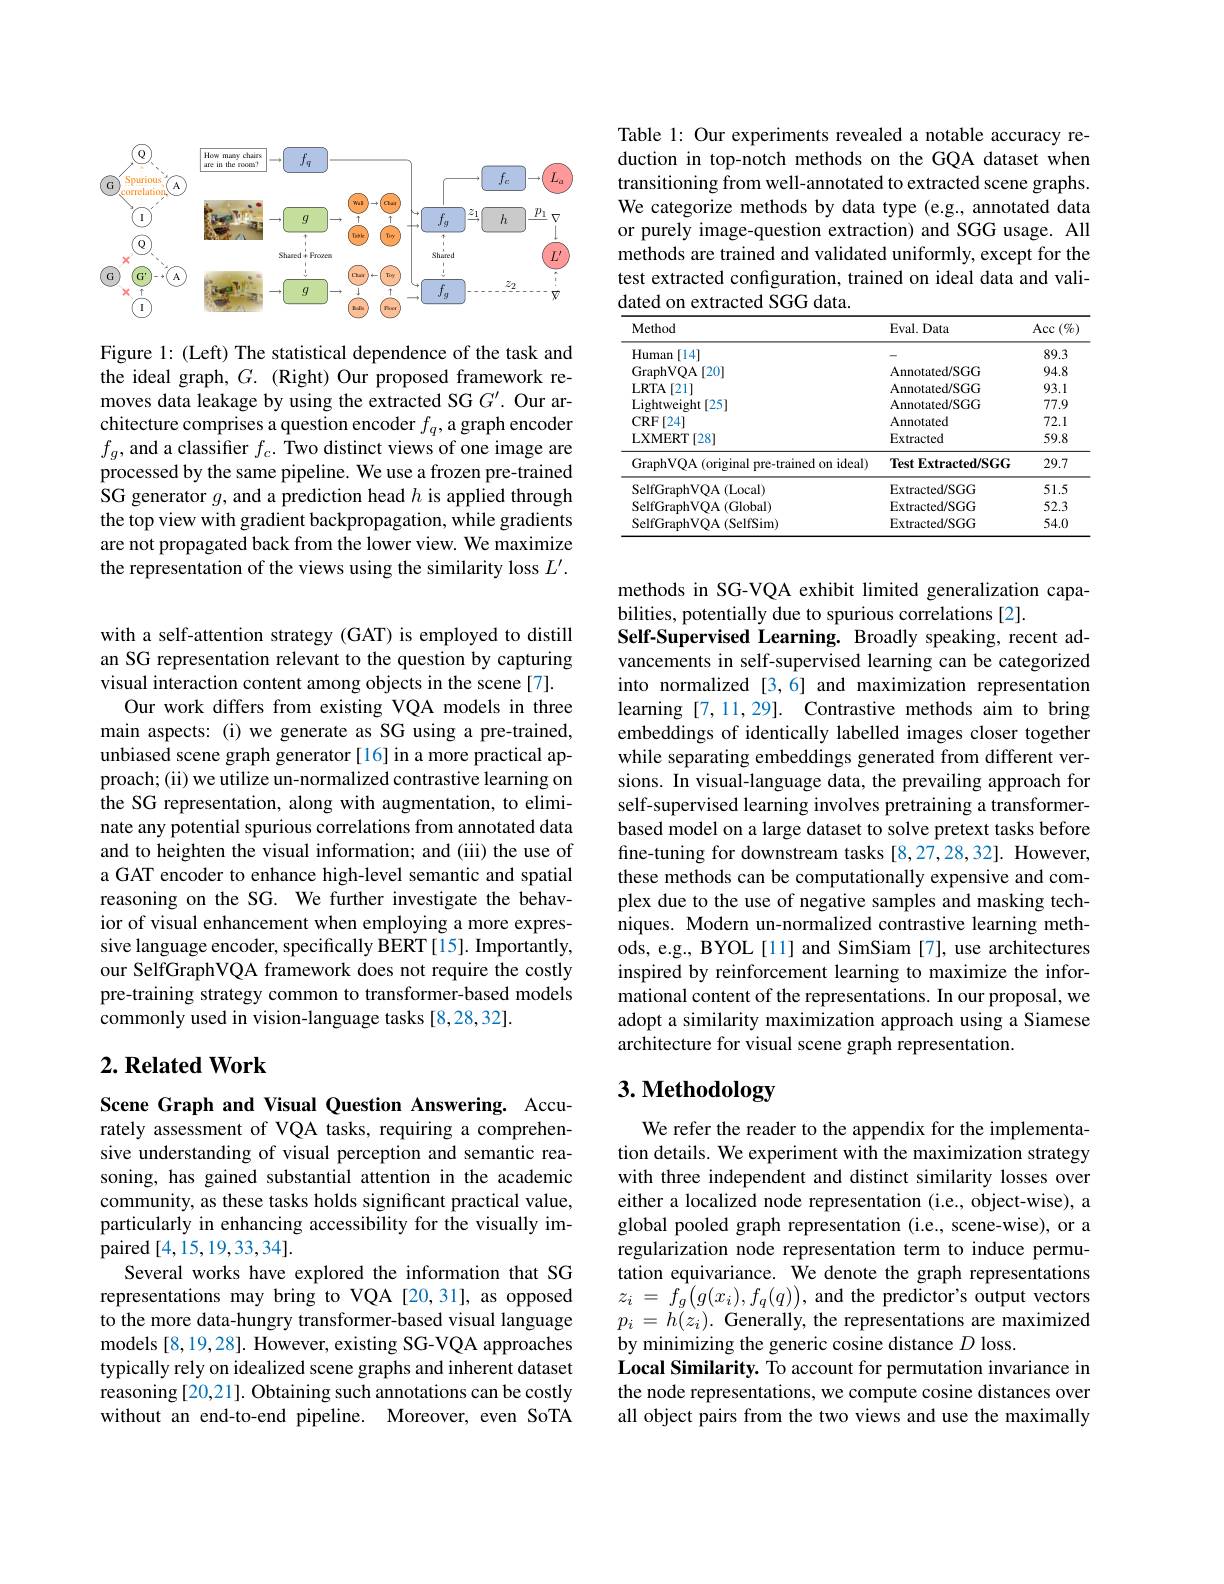
<FigureHere>

Figure 1: (Left) The statistical dependence of the task and the ideal graph, $G.$ (Right) Our proposed framework removes data leakage by using the extracted SG $G^{\prime}.$ Our architecture comprises a question encoder $f_q$, a graph encoder $f_{g}$, and a classifer $f_c.$ Two distinct views of one image are processed by the same pipeline. We use a frozen pre-trained SG generator $g$, and a prediction head $h$ is applied through the top view with gradient backpropagation, while gradients are not propagated back from the lower view. We maximize the representation of the views using the similarity loss $L^\prime.$

with a self-attention strategy (GAT) is employed to distill an SG representation relevant to the question by capturing visual interaction content among objects in the scene [7].
Our work differs from existing VQA models in three main aspects: (i) we generate as SG using a pre-trained, unbiased scene graph generator [16] in a more practical approach; (ii) we utilize un-normalized contrastive learning on the SG representation, along with augmentation, to eliminate any potential spurious correlations from annotated data and to heighten the visual information; and (iii) the use of a GAT encoder to enhance high-level semantic and spatial reasoning on the SG. We further investigate the behavior of visual enhancement when employing a more expressive language encoder, specifically BERT [15]. Importantly, our SelfGraphVQA framework does not require the costly pre-training strategy common to transformer-based models commonly used in vision-language tasks [8,28,32].

## $2. \textbf{Related Work}$

Scene Graph and Visual Question Answering. Accurately assessment of VQA tasks, requiring a comprehensive understanding of visual perception and semantic reasoning, has gained substantial attention in the academic community, as these tasks holds significant practical value, particularly in enhancing accessibility for the visually impaired [4,15,19,33,34].
Several works have explored the information that SG representations may bring to VQA [20,31], as opposed to the more data-hungry transformer-based visual language models [8,19,28]. However, existing SG-VQA approaches typically rely on idealized scene graphs and inherent dataset reasoning [20,21]. Obtaining such annotations can be costly without an end-to-end pipeline. Moreover, even SoTA

Table 1: Our experiments revealed a notable accuracy reduction in top-notch methods on the GQA dataset when transitioning from well-annotated to extracted scene graphs. We categorize methods by data type (e.g., annotated data or purely image-question extraction) and SGG usage. All methods are trained and validated uniformly, except for the test extracted configuration, trained on ideal data and validated on extracted SGG data.

<table>
	<tbody>
		<tr>
			<th>Method</th>
			<th>Eval. Data</th>
			<th>$\operatorname{Acc}\left(\%\right)$</th>
		</tr>
		<tr>
			<td>Human [ 14] </td>
			<td> </td>
			<td>89.3</td>
		</tr>
		<tr>
			<td>GraphVQA [ 20] </td>
			<td>Annotated/SGG</td>
			<td>94.8</td>
		</tr>
		<tr>
			<td>LRTA[21]</td>
			<td>Annotated/SGG</td>
			<td>93.1</td>
		</tr>
		<tr>
			<td>Lightweight[ 25] </td>
			<td>Annotated/SGG</td>
			<td>77.9</td>
		</tr>
		<tr>
			<td>CRF[24]</td>
			<td>Annotated</td>
			<td>72.1</td>
		</tr>
		<tr>
			<td>LXMERT[28]</td>
			<td>Extracted</td>
			<td>59.8</td>
		</tr>
		<tr>
			<td>GraphVQA (original pre-trained on ideal)</td>
			<td>Test Extracted/SGG</td>
			<td>29.7</td>
		</tr>
		<tr>
			<td>SelfGraphVQA ( Local) </td>
			<td>Extracted/SGG</td>
			<td>51.5</td>
		</tr>
		<tr>
			<td>SelfGraphVOA(Global)</td>
			<td>Extracted/SGG</td>
			<td>52.3</td>
		</tr>
		<tr>
			<td>SelfGraphVOA (SelfSim)</td>
			<td>Extracted/SGG</td>
			<td>54.0</td>
		</tr>
	</tbody>
</table>

methods in SG-VQA exhibit limited generalization capa-
bilities, potentially due to spurious correlations [2].
Self-Supervised Learning. Broadly speaking, recent advancements in self-supervised learning can be categorized into normalized [3,6] and maximization representation learning [7,11,29]. Contrastive methods aim to bring embeddings of identically labelled images closer together while separating embeddings generated from different versions. In visual-language data, the prevailing approach for self-supervised learning involves pretraining a transformerbased model on a large dataset to solve pretext tasks before fine-tuning for downstream tasks [8,27,28,32]. However, these methods can be computationally expensive and complex due to the use of negative samples and masking techniques. Modern un-normalized contrastive learning methods, e.g., BYOL[11] and SimSiam [7], use architectures inspired by reinforcement learning to maximize the informational content of the representations. In our proposal, we adopt a similarity maximization approach using a Siamese architecture for visual scene graph representation.

# 3. Methodology

We refer the reader to the appendix for the implementation details. We experiment with the maximization strategy with three independent and distinct similarity losses over either a localized node representation (i.e., object-wise), a global pooled graph representation (i.e., scene-wise), or a regularization node representation term to induce permutation equivariance. We denote the graph representations $z_{i}$ = $\hat{f_{g}} \left ( g( x_{i}) , f_{q}( q) \right ) $,and the predictor's output vectors $p_{i}=h(z_{i}).$Generally,the representations are maximized by minimizing the generic cosine distance $D$ loss.
Local Similarity. To account for permutation invariance in the node representations, we compute cosine distances over all object pairs from the two views and use the maximally